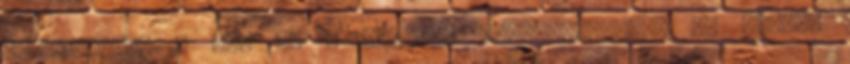
hozzájárult a vár és a bástyák megépítéséhez. Az itteni